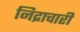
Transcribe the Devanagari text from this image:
निद्राचारी